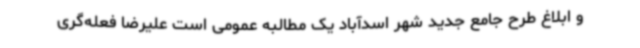
و ابلاغ طرح جامع جدید شهر اسدآباد یک مطالبه عمومی است علیرضا فعله‌گری